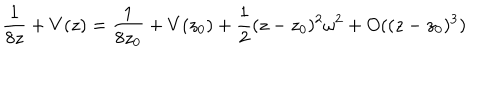
\frac { 1 } { 8 z } + V ( z ) = \frac { 1 } { 8 z _ { 0 } } + V ( z _ { 0 } ) + \frac 1 2 ( z - z _ { 0 } ) ^ { 2 } \omega ^ { 2 } + O ( ( z - z _ { 0 } ) ^ { 3 } )